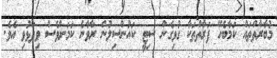
މުބާރާތްތައް ކަމާބެހޭ ފަރާތްތަކާ ގުޅިގެން ސިޓީ ކައުންސިލުން ރާވާނެ ކަމަށްވެސް ވިދާޅުވި އެވެ.